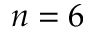
n = 6